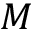
M